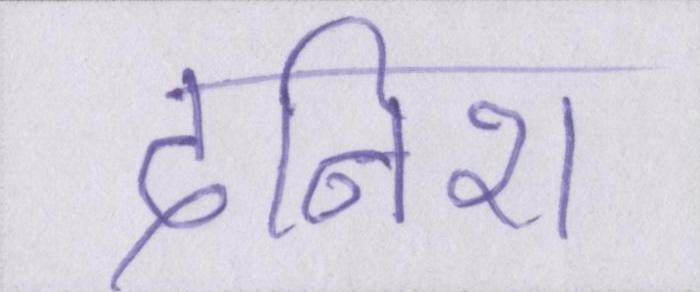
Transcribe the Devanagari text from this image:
दनिश